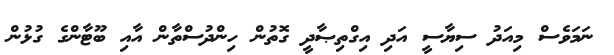
ނަމަވެސް މިއަދު ސިޔާސީ އަދި އިގްތިޞާދީ ގޮތުން ހިންދުސްތާން އާއި ބޫޓާންގެ ގުޅުން